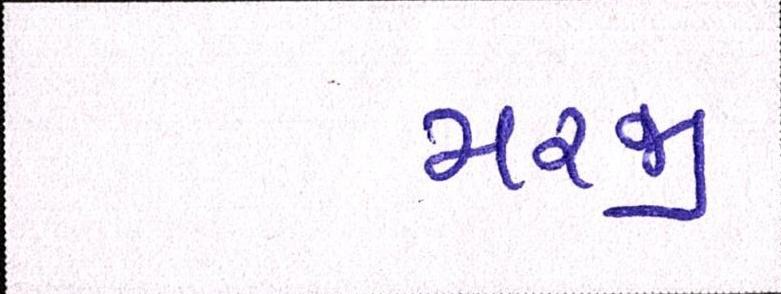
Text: મરજી